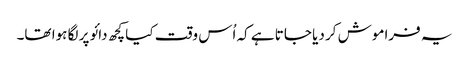
یہ فراموش کر دیا جاتا ہے کہ اُس وقت کیا کچھ دائو پر لگا ہوا تھا۔